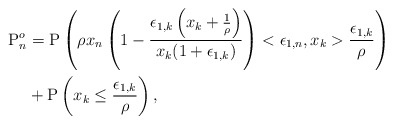
\begin{align*}\mathrm{P}^o_n &= \mathrm{P}\left( \rho x_n \left(1- \frac{ \epsilon_{1,k}\left( x_k +\frac{1}{\rho}\right)}{x_k (1+\epsilon_{1,k})}\right)<\epsilon_{1,n}, x_k> \frac{\epsilon_{1,k}}{\rho}\right) \\ &+\mathrm{P}\left(x_k\leq \frac{\epsilon_{1,k}}{\rho}\right),\end{align*}